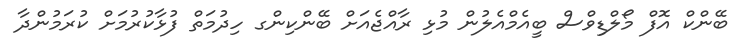
ބޭންކް އޮފް މޯލްޑިވްސް ބީއެމްއެލުން މުޅި ރާއްޖެއަށް ބޭންކިންގ ހިދުމަތް ފުޅާކުރުމަށް ކުރަމުންދާ